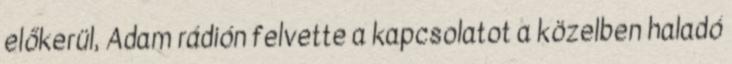
előkerül, Adam rádión felvette a kapcsolatot a közelben haladó